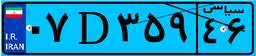
۰۷D۳۵۹۴۶